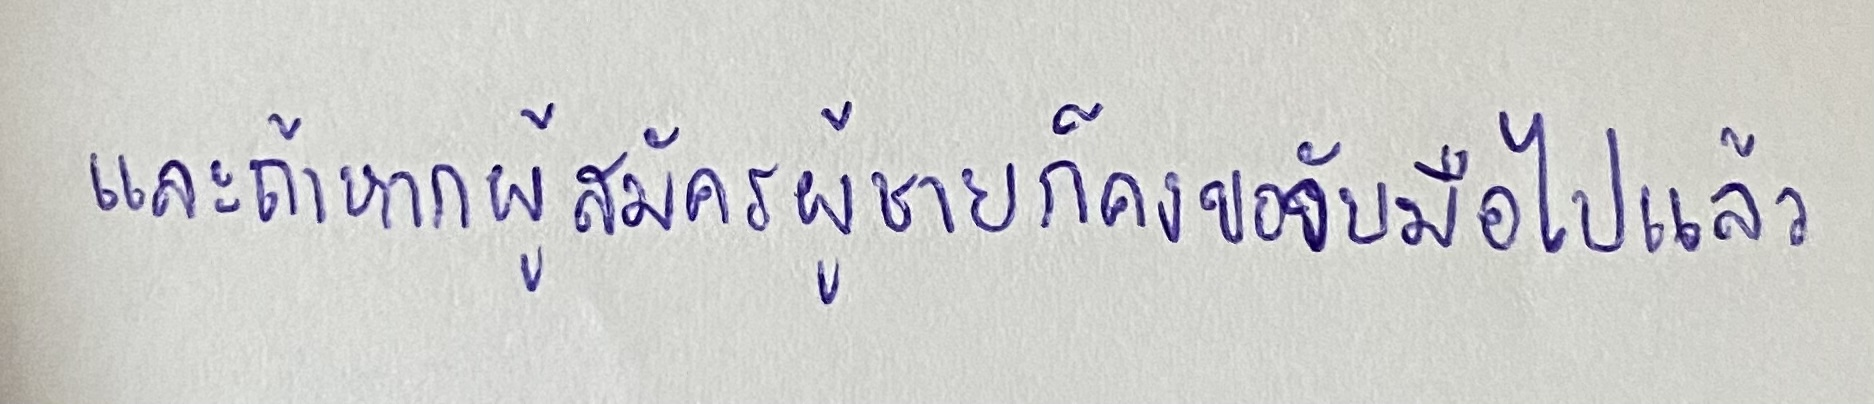
และถ้าหากผู้สมัครผู้ชายก็คงขอจับมือไปแล้ว"